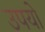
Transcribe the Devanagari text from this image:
उपयो